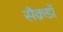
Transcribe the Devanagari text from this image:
सैक़डों